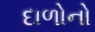
દાળોનો